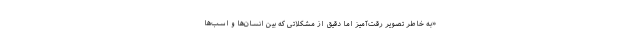
«به خاطر تصویر رقت‌آمیز اما دقیق از مشکلاتی که بین انسان‌ها و اسب‌ها